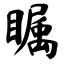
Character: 瞩